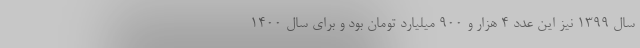
سال ۱۳۹۹ نیز این عدد ۴ هزار و ۹۰۰ میلیارد تومان بود و برای سال ۱۴۰۰